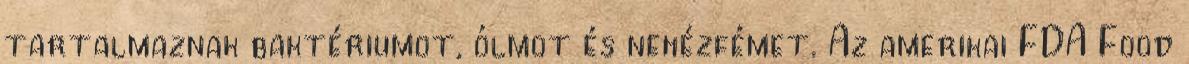
tartalmaznak baktériumot, ólmot és nehézfémet. Az amerikai FDA Food